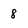
Character: 8